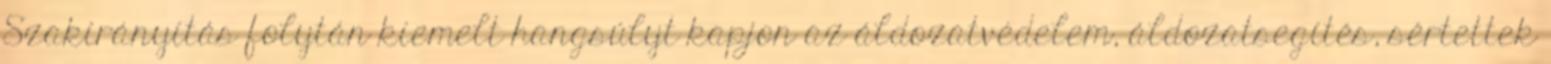
Szakirányítás folytán kiemelt hangsúlyt kapjon az áldozatvédelem, áldozatsegítés, sértettek